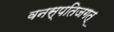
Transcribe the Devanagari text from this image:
वनस्पतिजगत्